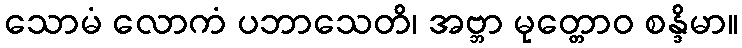
သောမံ လောကံ ပဘာသေတိ၊ အဗ္ဘာ မုတ္တောဝ စန္ဒိမာ။